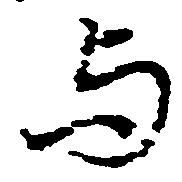
与